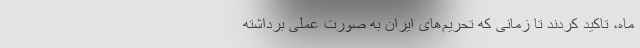
ماه، تاکید کردند تا زمانی که تحریم‌های ایران به صورت عملی برداشته